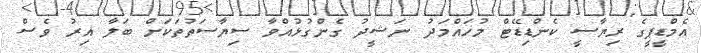
އެމްޑީޕީގެ ރިޔާސީ ކެންޑިޑޭޓް މުހައްމަދު ނަޝީދު ގެންގުޅުއްވާ ސިޔާސަތުތަކަށް ބަލާ އިރު ވެސް